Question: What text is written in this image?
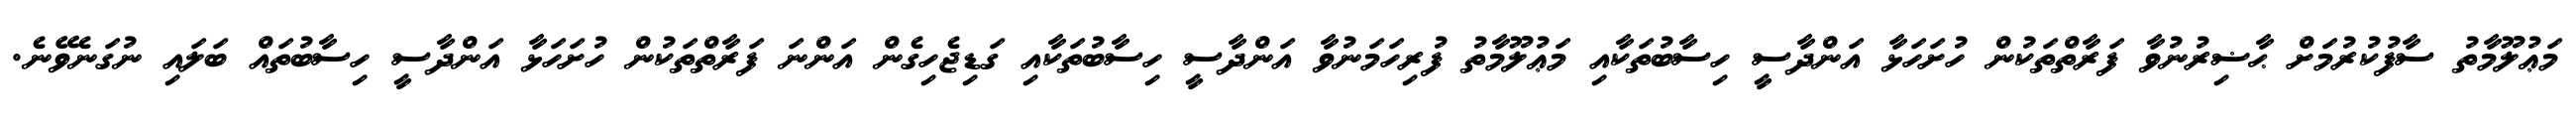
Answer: މަޢުލޫމާތު ސާފުކުރުމަށް ޙާޟިރުނުވާ ފަރާތްތަކުން ހުށަހަޅާ އަންދާސީ ހިސާބުތަކާއި މަޢުލޫމާތު ފުރިހަމަނުވާ އަންދާސީ ހިސާބުތަކާއި ގަޑިޖެހިގެން އަންނަ ފަރާތްތަކުން ހުށަހަޅާ އަންދާސީ ހިސާބުތައް ބަލައި ނުގަނެވޭނެ.